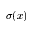
\sigma ( x )